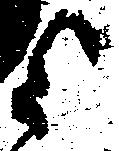
与